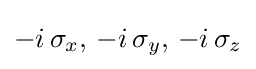
-i\,\sigma _{x},\,-i\,\sigma _{y},\,-i\,\sigma _{z}